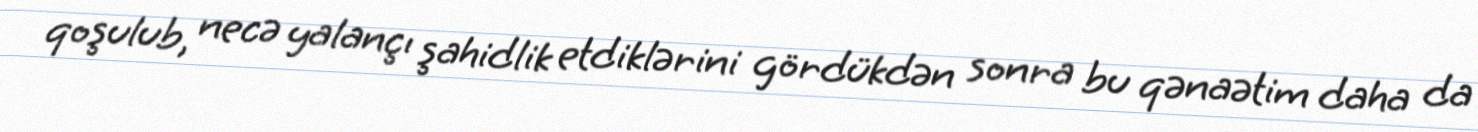
qoşulub, necə yalançı şahidlik etdiklərini gördükdən sonra bu qənaətim daha da